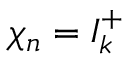
\chi _ { n } = I _ { k } ^ { + }